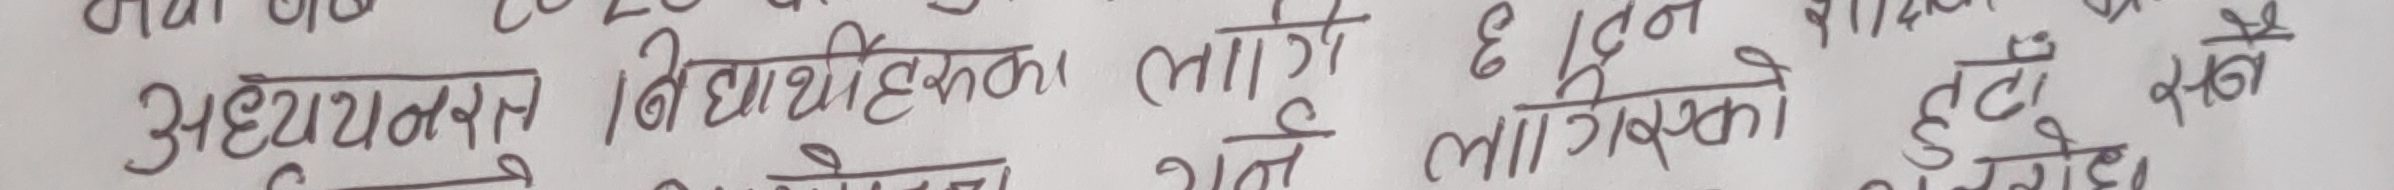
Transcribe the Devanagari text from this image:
अध्ययन विद्यार्थीहरूका लागि ६ दिन लागिसकेको हुन सक्ने